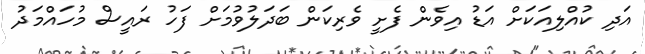
އަދި ކުއްލިއަކަށް އަޑު އިވެން ފެށީ ވެރިކަން ބަދަލުވުމަށް ފަހު ރައީސް މުހައްމަދު